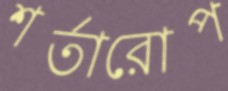
শর্তারোপ